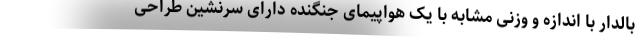
بالدار با اندازه و وزنی مشابه با یک هواپیمای جنگنده دارای سرنشین طراحی